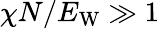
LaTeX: \chi N/E_{\mathrm{W}}\gg 1